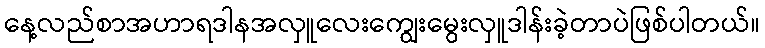
နေ့လည်စာအဟာရဒါနအလှူလေးကျွေးမွေးလှူဒါန်းခဲ့တာပဲဖြစ်ပါတယ်။